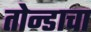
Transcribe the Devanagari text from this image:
तोन्डाचा